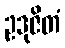
ဥဒုဇိတံ